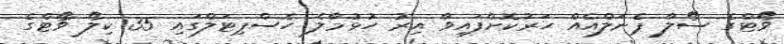
ވޯޓްގެ ސޯލާ ޕެނަލްއެއް ހަރުކޮށްފައިވާ އިރު ހުޅުމާލެ ހޮސްޕިޓަލްގައި 35 ކިލޯ ވޯޓްގެ